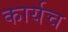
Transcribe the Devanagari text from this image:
कार्यच